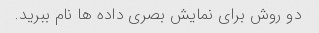
دو روش برای نمایش بصری داده ها نام ببرید.